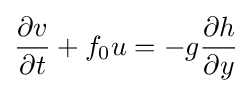
{\frac {\partial v}{\partial t}}+f_{0}u=-g{\frac {\partial h}{\partial y}}